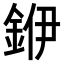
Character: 𮡶